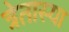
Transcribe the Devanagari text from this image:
त्रेतास्या